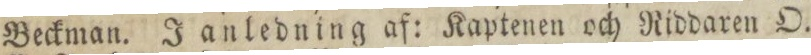
Beckman. I anledning af: Kaptenen och Riddaren O.